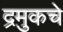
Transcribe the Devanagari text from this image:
द्रमुकचे